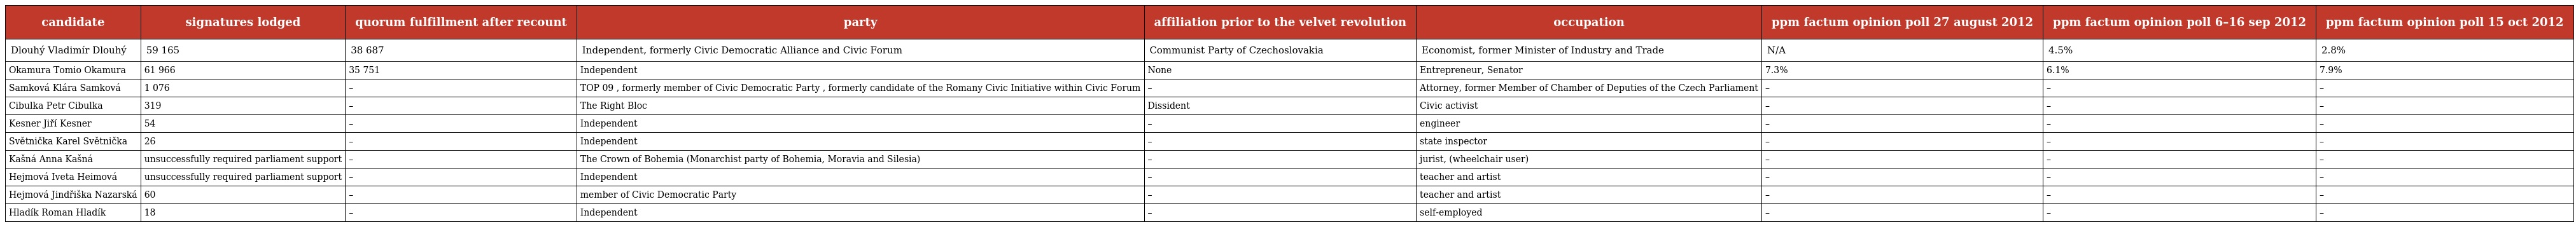
| candidate | signatures lodged | quorum fulfillment after recount | party | affiliation prior to the velvet revolution | occupation | ppm factum opinion poll 27 august 2012 | ppm factum opinion poll 6–16 sep 2012 | ppm factum opinion poll 15 oct 2012 |
 | --- | --- | --- | --- | --- | --- | --- | --- | --- |
 | Dlouhý Vladimír Dlouhý | 59 165 | 38 687 | Independent, formerly Civic Democratic Alliance and Civic Forum | Communist Party of Czechoslovakia | Economist, former Minister of Industry and Trade | N/A | 4.5% | 2.8% |
 | Okamura Tomio Okamura | 61 966 | 35 751 | Independent | None | Entrepreneur, Senator | 7.3% | 6.1% | 7.9% |
 | Samková Klára Samková | 1 076 | – | TOP 09 , formerly member of Civic Democratic Party , formerly candidate of the Romany Civic Initiative within Civic Forum | – | Attorney, former Member of Chamber of Deputies of the Czech Parliament | – | – | – |
 | Cibulka Petr Cibulka | 319 | – | The Right Bloc | Dissident | Civic activist | – | – | – |
 | Kesner Jiří Kesner | 54 | – | Independent | – | engineer | – | – | – |
 | Světnička Karel Světnička | 26 | – | Independent | – | state inspector | – | – | – |
 | Kašná Anna Kašná | unsuccessfully required parliament support | – | The Crown of Bohemia (Monarchist party of Bohemia, Moravia and Silesia) | – | jurist, (wheelchair user) | – | – | – |
 | Hejmová Iveta Heimová | unsuccessfully required parliament support | – | Independent | – | teacher and artist | – | – | – |
 | Hejmová Jindřiška Nazarská | 60 | – | member of Civic Democratic Party | – | teacher and artist | – | – | – |
 | Hladík Roman Hladík | 18 | – | Independent | – | self-employed | – | – | – |